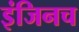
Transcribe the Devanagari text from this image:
इंजिनच